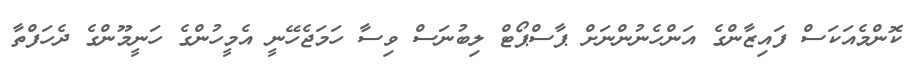
ކޮންމެއަކަސް ފައިޒާންގެ އަންހެނުންނަށް ޕާސްޕޯޓް ލިބުނަސް ވިސާ ހަމަޖެހޭނީ އެމީހުންގެ ހަނީމޫންގެ ދެހަފްތާ